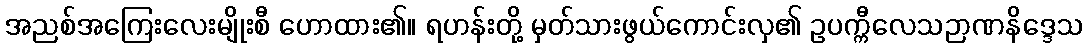
အညစ်အကြေးလေးမျိုးစီ ဟောထား၏။ ရဟန်းတို့ မှတ်သားဖွယ်ကောင်းလှ၏ ဥပက္ကီလေသဉာဏနိဒ္ဒေသ